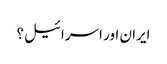
ایران اور اسرائیل؟